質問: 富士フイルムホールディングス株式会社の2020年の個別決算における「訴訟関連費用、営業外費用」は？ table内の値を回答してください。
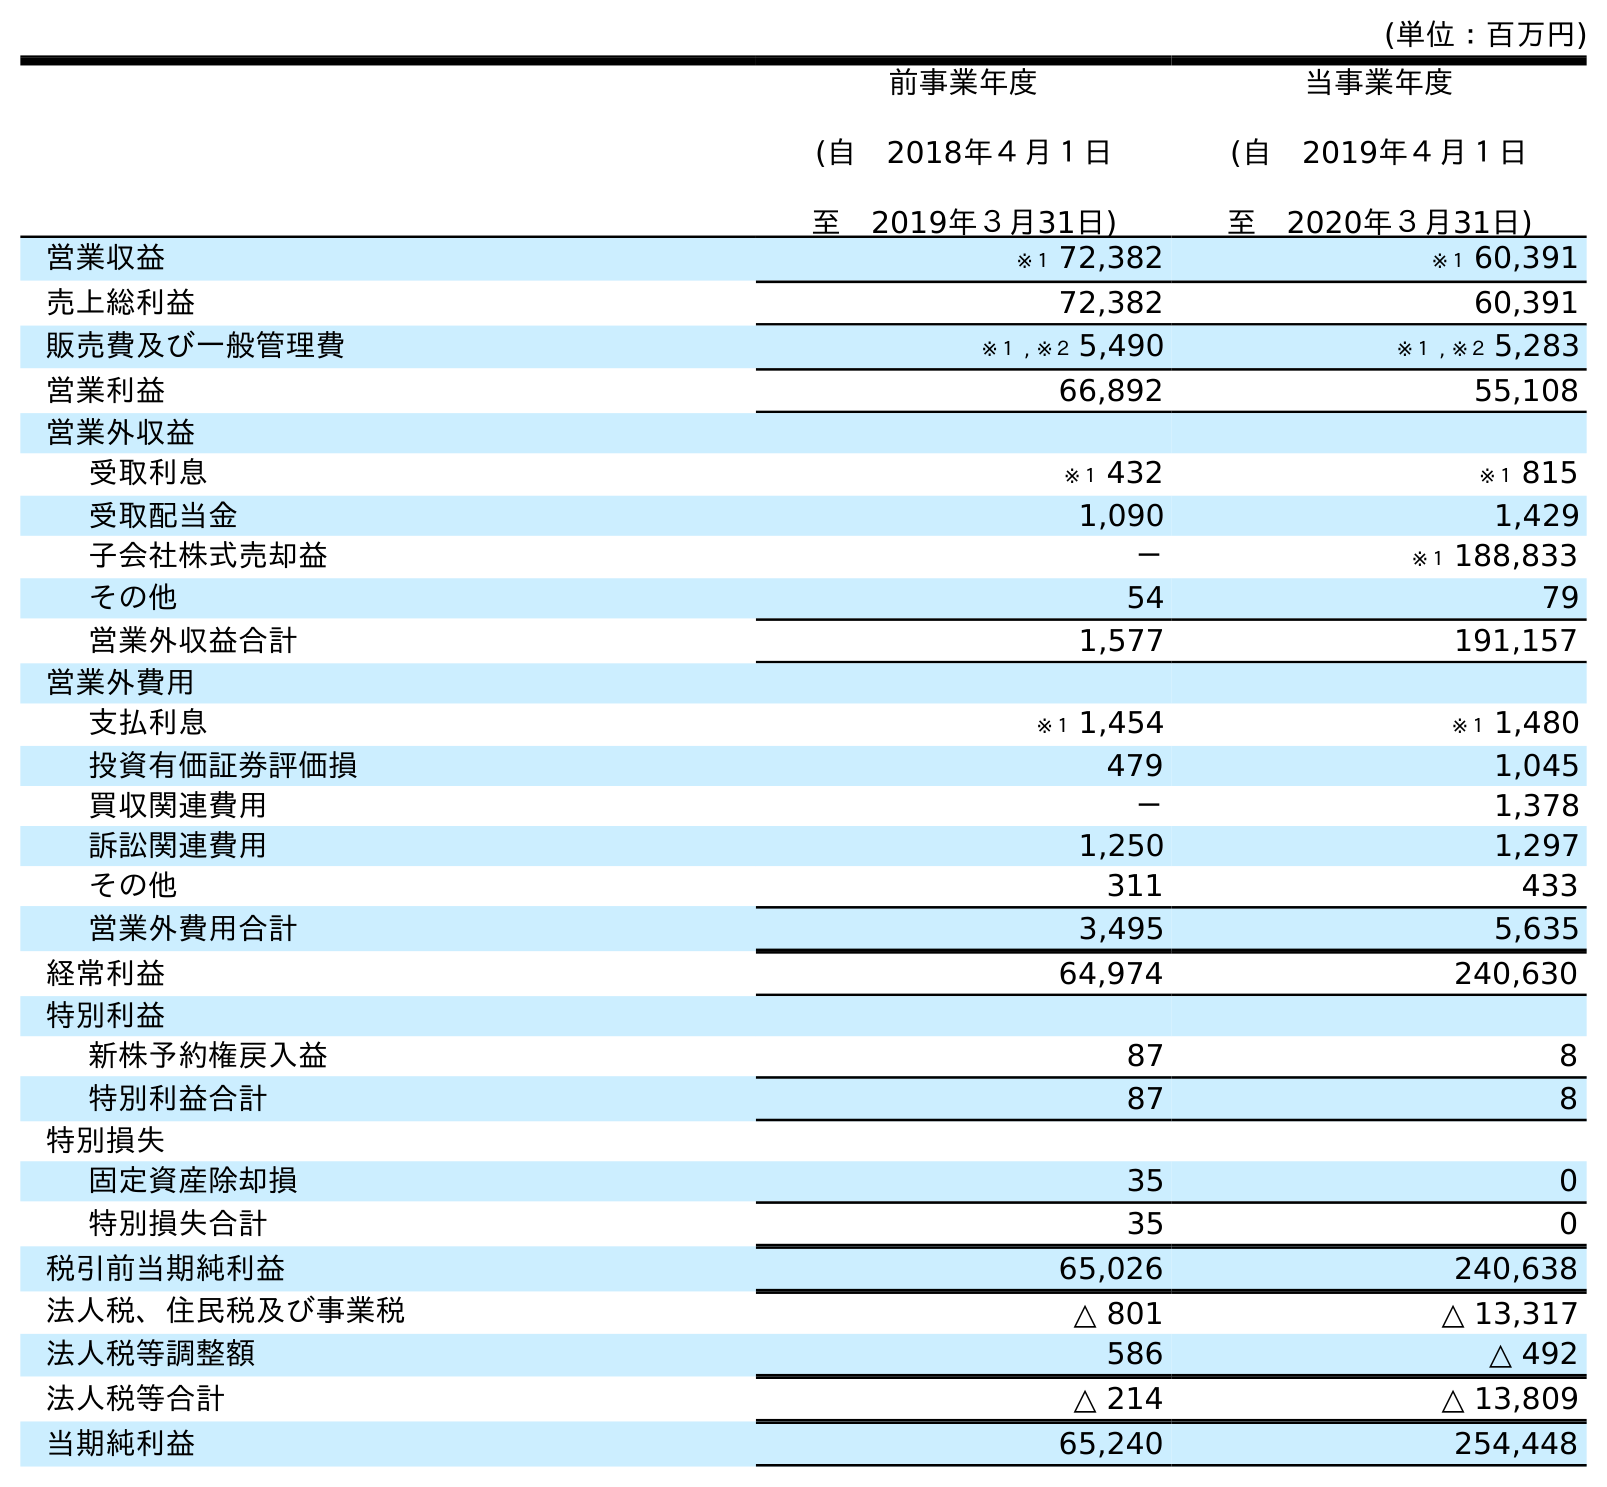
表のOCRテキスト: (単位：百万円) 前事業年度 (自 2018年４月１日 至 2019年３月31日) 当事業年度 (自 2019年４月１日 至 2020年３月31日) 営業収益 ※１ 72,382 ※１ 60,391 売上総利益 72,382 60,391 販売費及び一般管理費 ※１ , ※２ 5,490 ※１ , ※２ 5,283 営業利益 66,892 55,108 営業外収益 受取利息 ※１ 432 ※１ 815 受取配当金 1,090 1,429 子会社株式売却益 － ※１ 188,833 その他 54 79 営業外収益合計 1,577 191,157 営業外費用 支払利息 ※１ 1,454 ※１ 1,480 投資有価証券評価損 479 1,045 買収関連費用 － 1,378 訴訟関連費用 1,250 1,297 その他 311 433 営業外費用合計 3,495 5,635 経常利益 64,974 240,630 特別利益 新株予約権戻入益 87 8 特別利益合計 87 8 特別損失 固定資産除却損 35 0 特別損失合計 35 0 税引前当期純利益 65,026 240,638 法人税、住民税及び事業税 △ 801 △ 13,317 法人税等調整額 586 △ 492 法人税等合計 △ 214 △ 13,809 当期純利益 65,240 254,448
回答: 1,297